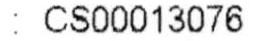
: CS00013076